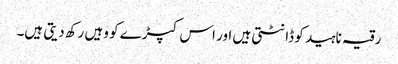
رقیہ ناہید کو ڈانٹتی ہیں اور اس کپڑے کو وہیں رکھ دیتی ہیں۔